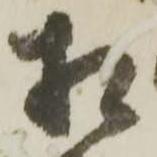
相